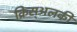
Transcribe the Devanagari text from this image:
क्रिस्अलकी